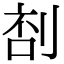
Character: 𠝒